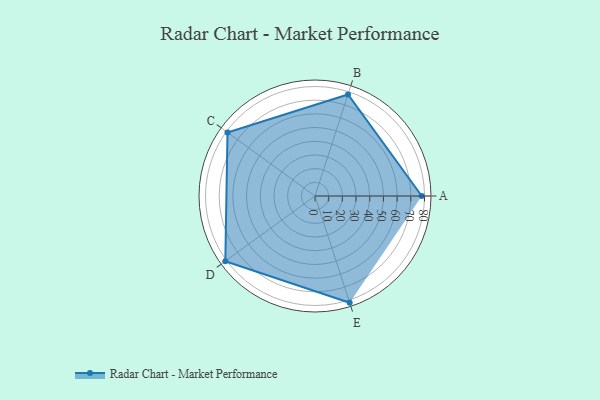
{"axis": {"x": "Skill", "y": "Score"}, "legend": ["Profile"], "data": [{"x": "A", "y": 78.0, "type": "Profile"}, {"x": "B", "y": 78.0, "type": "Profile"}, {"x": "C", "y": 79.0, "type": "Profile"}, {"x": "D", "y": 81.0, "type": "Profile"}, {"x": "E", "y": 82.0, "type": "Profile"}]}